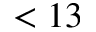
< 1 3